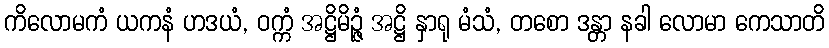
ကိလောမကံ ယကနံ ဟဒယံ, ဝက္ကံ အဋ္ဌိမိဉ္ဇံ အဋ္ဌိ နှာရု မံသံ, တစော ဒန္တာ နခါ လောမာ ကေသာတိ